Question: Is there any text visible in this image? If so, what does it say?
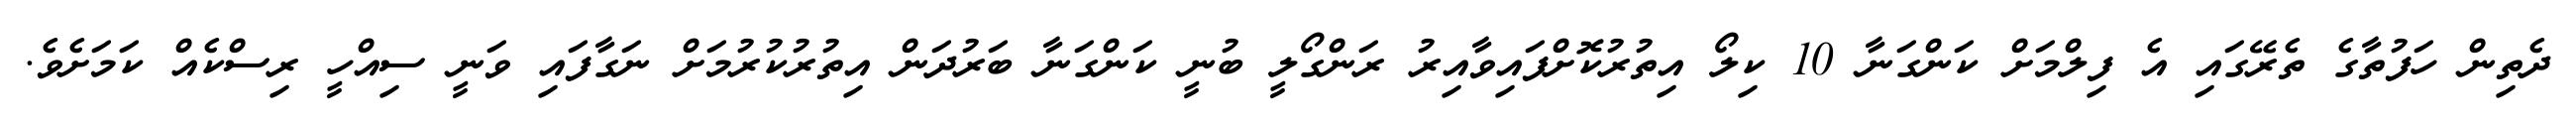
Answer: ދެތިން ހަފުތާގެ ތެރޭގައި އެ ފިލްމަށް ކަންގަނާ 10 ކިލޯ އިތުރުކޮށްފައިވާއިރު ރަންގޯލީ ބުނީ ކަންގަނާ ބަރުދަން އިތުރުކުރުމަށް ނަގާފައި ވަނީ ސިއްހީ ރިސްކެއް ކަމަށެވެ.